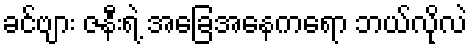
ခင်ဗျား ဇနီးရဲ့ အခြေအနေကရော ဘယ်လိုလဲ